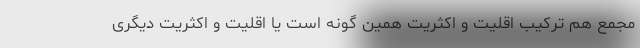
مجمع هم ترکیب اقلیت و اکثریت همین گونه است یا اقلیت و اکثریت دیگری